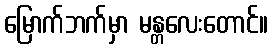
မြောက်ဘက်မှာ မန္တလေးတောင်။